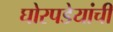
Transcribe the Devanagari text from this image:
घोरपडेयांची